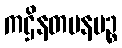
ကဌိနတပနပဉ္စ